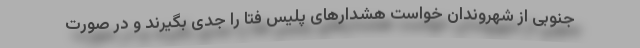
جنوبی از شهروندان خواست هشدارهای پلیس فتا را جدی بگیرند و در صورت